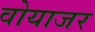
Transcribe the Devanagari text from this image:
वोयाजर